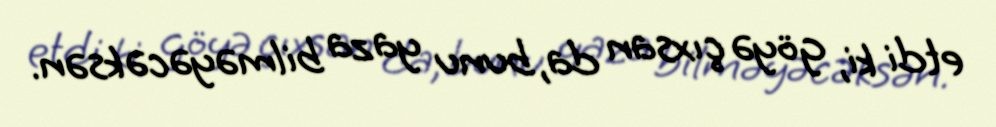
etdi ki, göyə çıxsan da, bunu yaza bilməyəcəksən.